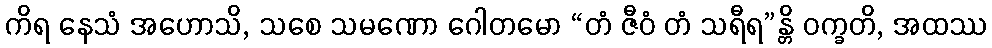
ကိရ နေသံ အဟောသိ, သစေ သမဏော ဂေါတမော “တံ ဇီဝံ တံ သရီရ”န္တိ ဝက္ခတိ, အထဿ